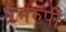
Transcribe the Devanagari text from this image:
प्रेमरुपी